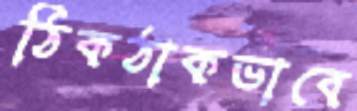
ঠিকঠাকভাবে